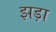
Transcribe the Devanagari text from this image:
झड़ा